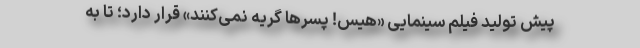
پیش تولید فیلم سینمایی «هیس! پسرها گریه نمی‌کنند» قرار دارد؛ تا به